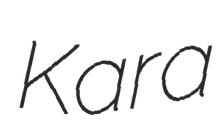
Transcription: Kara